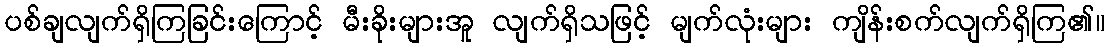
ပစ်ချလျက်ရှိကြခြင်းကြောင့် မီးခိုးများအူ လျက်ရှိသဖြင့် မျက်လုံးများ ကျိန်းစက်လျက်ရှိကြ၏။